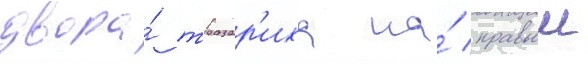
двора́ тразар'иха на́ правыи